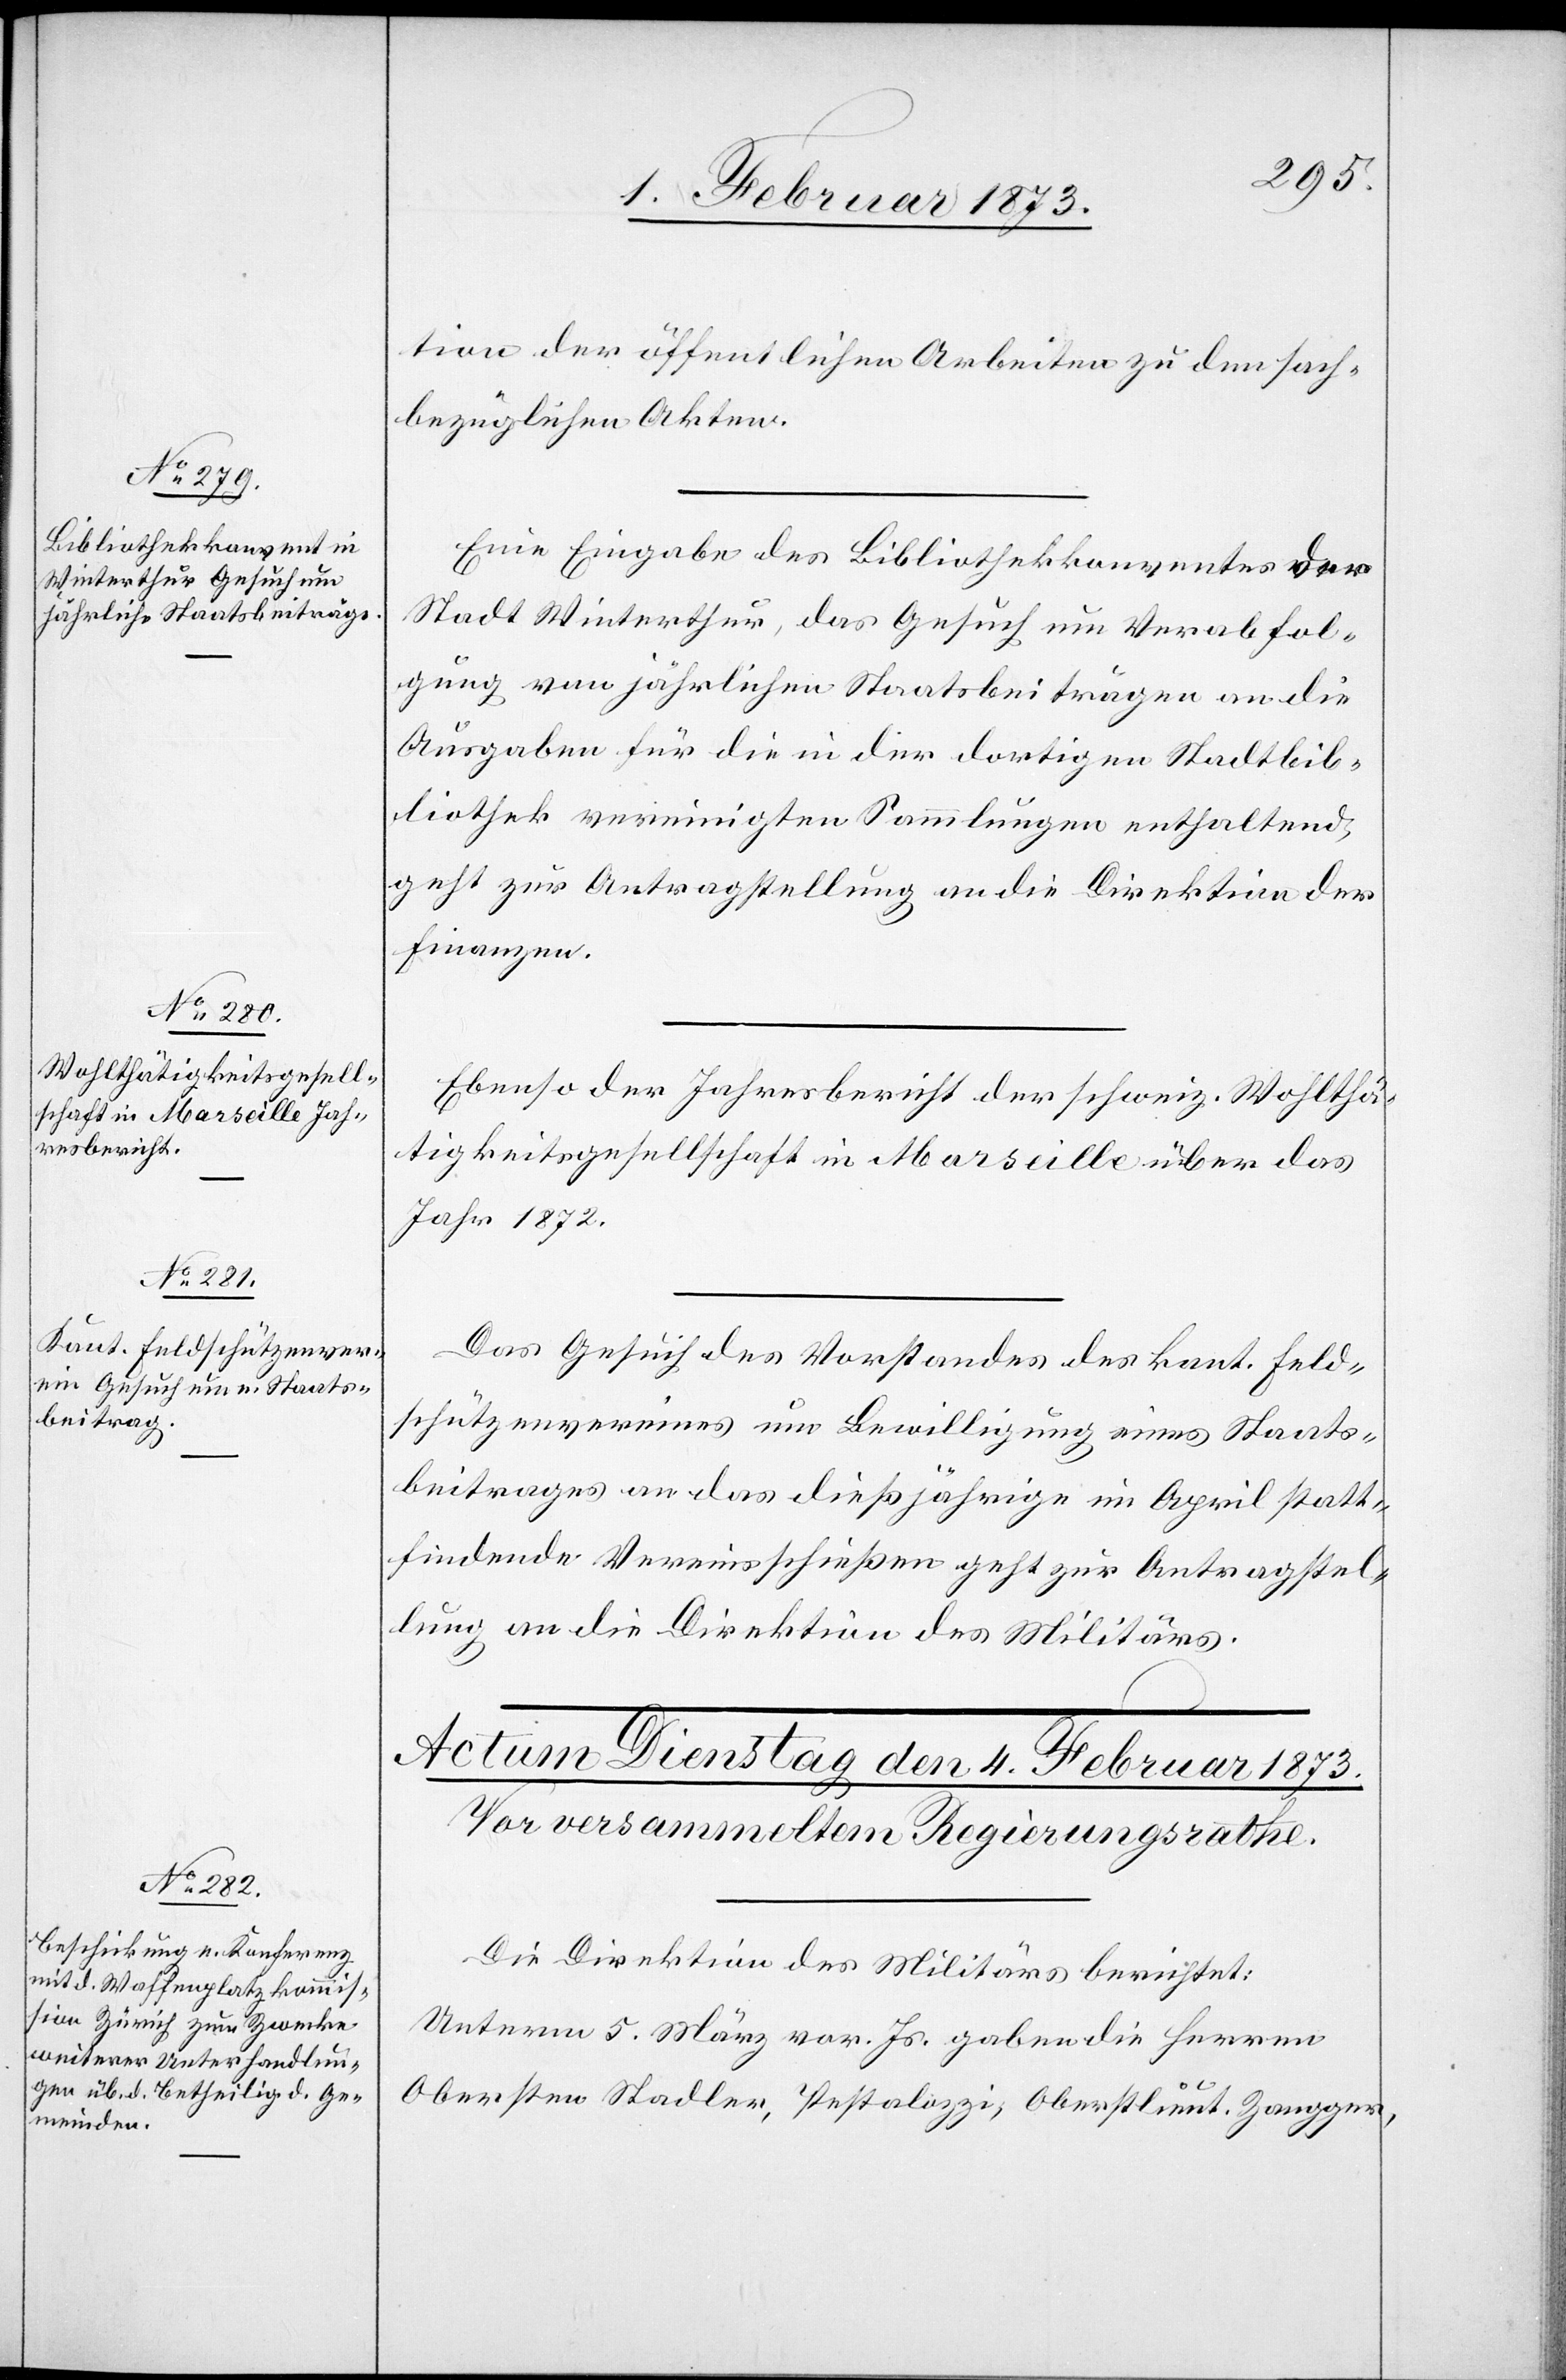
3. Februar 1873.]
tion der öffentlichen Arbeiten zu den sach¬
bezüglichen Akten.
Eine Eingabe des Bibliothekkonventes der
Stadt Winterthur, das Gesuch um Verabfol¬
gung von jährlichen Staatsbeiträgen an die
Ausgaben für die in der dortigen Stadtbib¬
liothek vereinigten Sammlungen enthaltend,
geht zur Antragstellung an die Direktion der
Finanzen.
Ebenso der Jahresbericht der schweiz. Wohlthä¬
tigkeitsgesellschaft in Marseille über das
Jahr 1872.
Das Gesuch des Vorstandes des kant. Feld¬
schützenvereines um Bewilligung eines Staats¬
beitrages an das dießjährige im April statt¬
findende Vereinsschießen geht zur Antragstel¬
lung an die Direktion des Militärs.
Die Direktion des Militärs berichtet:
Unterm 5. März vor. Js. gaben die Herren
Obersten Stadler, Pestalozzi, Oberstlieut. Zangger,